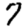
Digit: 7